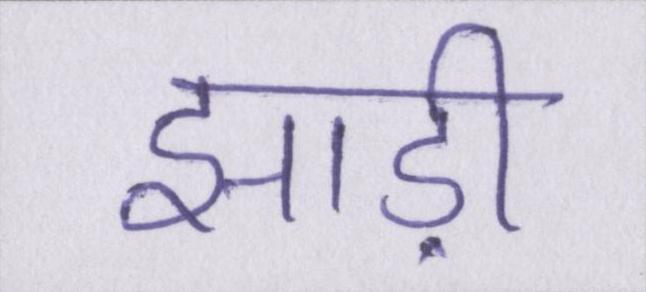
झाड़ी